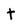
Character: t